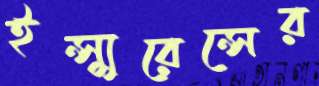
ইন্স্যুরেন্সের